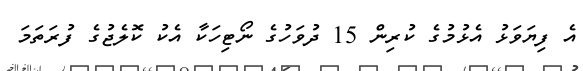
އެ ފިޔަވަޅު އެޅުމުގެ ކުރިން 15 ދުވަހުގެ ނޯޓިހަކާ އެކު ކޮލެޖުގެ ފުރަތަމަ